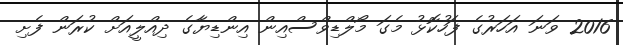
2016 ވަނަ އަހަރުގެ ފަހުކޮޅު މެގަ މޯލްޑިވްސްއިން އިންޑިޔާގެ ދިއްލީއަށް ކުރަން ފެށި